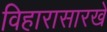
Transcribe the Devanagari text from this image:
विहारासारखे